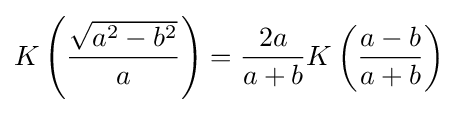
K\left({\frac {\sqrt {a^{2}-b^{2}}}{a}}\right)={\frac {2a}{a+b}}K\left({\frac {a-b}{a+b}}\right)